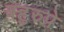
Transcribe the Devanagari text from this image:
बहुरुपे